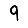
Digit: 9